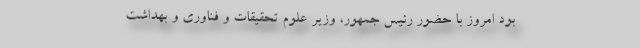
بود امروز با حضور رئیس جمهور، وزیر علوم تحقیقات و فناوری و بهداشت